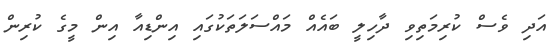
އަދި ވެސް ކުރިމަތިވި ދާހިލީ ބައެއް މައްސަލަތަކުގައި އިންޑިއާ އިން މީގެ ކުރިން